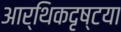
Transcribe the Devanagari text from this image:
आर्थिकदृष्टया